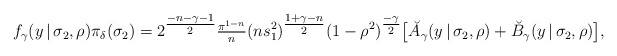
\begin{align*}f_{\gamma}(y \, | \, \sigma_{2}, \rho) \pi_{\delta}( \sigma_{2}) =2^{\tfrac{-n-\gamma-1}{2}} \tfrac{\pi^{1-n}}{n} (n s_{1}^{2})^{\tfrac{1+\gamma-n}{2}} (1-\rho^{2})^{\tfrac{-\gamma}{2}} \big [ \breve{A}_{\gamma}(y \, | \, \sigma_{2}, \rho) + \breve{B}_{\gamma}(y \, | \, \sigma_{2}, \rho) \big ],\end{align*}